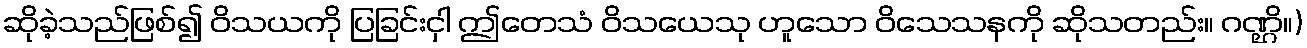
ဆိုခဲ့သည်ဖြစ်၍ ဝိသယကို ပြခြင်းငှါ ဤတေသံ ဝိသယေသု ဟူသော ဝိသေသနကို ဆိုသတည်း။ ဂဏ္ဌိ။)